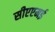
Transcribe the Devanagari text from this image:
सीएएमई